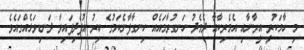
މި ހާމަކުރީ އީރާނާއި އެމެރިކާއާ ދެމެދު ހަނގުރާމައެއް ހިނގާފާނެކަމުގެ ބިރު އުފެދިފައިވާ ދަނޑިވަޅެއްގައެވެ.